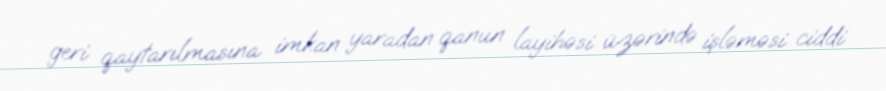
geri qaytarılmasına imkan yaradan qanun layihəsi üzərində işləməsi ciddi